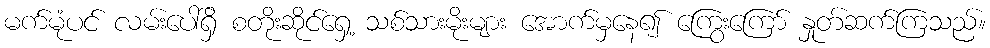
မက်မုံပင် လမ်းပေါ်ရှိ စတိုးဆိုင်ရှေ့ သစ်သားမိုးများ အောက်မှနေ၍ ကြွေးကြော် နှုတ်ဆက်ကြသည်။